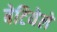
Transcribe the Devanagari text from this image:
बेटियेले